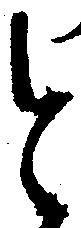
と